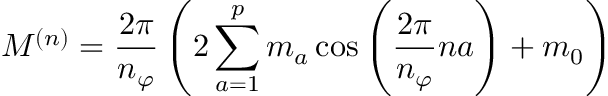
M ^ { ( n ) } = \frac { 2 \pi } { n _ { \varphi } } \left( 2 \sum _ { a = 1 } ^ { p } m _ { a } \cos \left( \frac { 2 \pi } { n _ { \varphi } } n a \right) + m _ { 0 } \right)